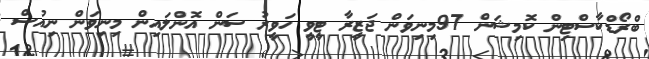
ބްރޯޑްކާސްޓިން ކޮމިޝަން 97މިނިވަން ޖަޒީރާ ޓީވީ ހަވީރު ސަން އޮންލައިން މިނިވަން ނިއުސް